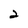
Character: 2